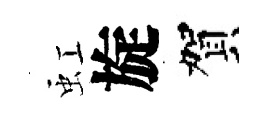
虹旋賀